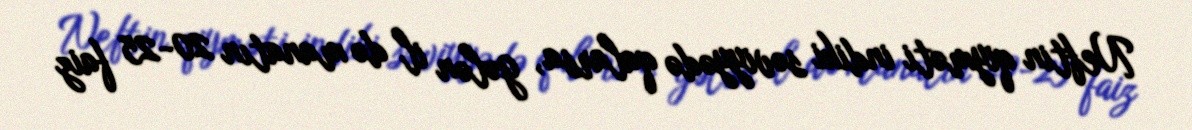
Neftin qiyməti indiki səviyyədə qalarsa, gələn il də manatın 20-25 faiz